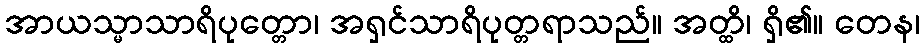
အာယသ္မာသာရိပုတ္တော၊ အရှင်သာရိပုတ္တရာသည်။ အတ္ထိ၊ ရှိ၏။ တေန၊